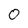
Character: 0